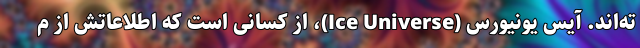
ته‌اند. آیس یونیورس (Ice Universe)، از کسانی است که اطلاعاتش از م